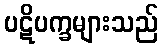
ပဋိပက္ခများသည်